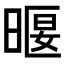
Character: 𣈿